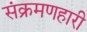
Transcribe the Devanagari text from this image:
संक्रमणहारी